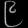
Digit: ၉